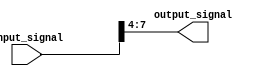
module part_select_assign (
  input [7:0] input_signal,
  output reg [3:0] output_signal
);

always @(*) begin
  // Assigning bits 4 to 7 of input_signal to output_signal
  output_signal = input_signal[7:4];
end

endmodule